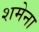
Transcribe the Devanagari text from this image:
शमेना